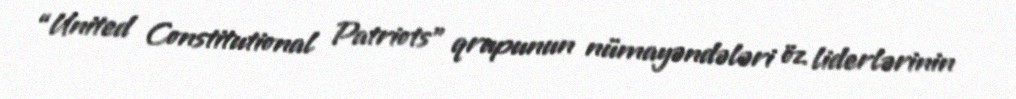
“United Constitutional Patriots” qrupunun nümayəndələri öz liderlərinin